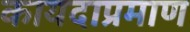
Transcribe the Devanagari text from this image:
कायदाप्रमाण